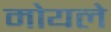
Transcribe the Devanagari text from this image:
मोयले